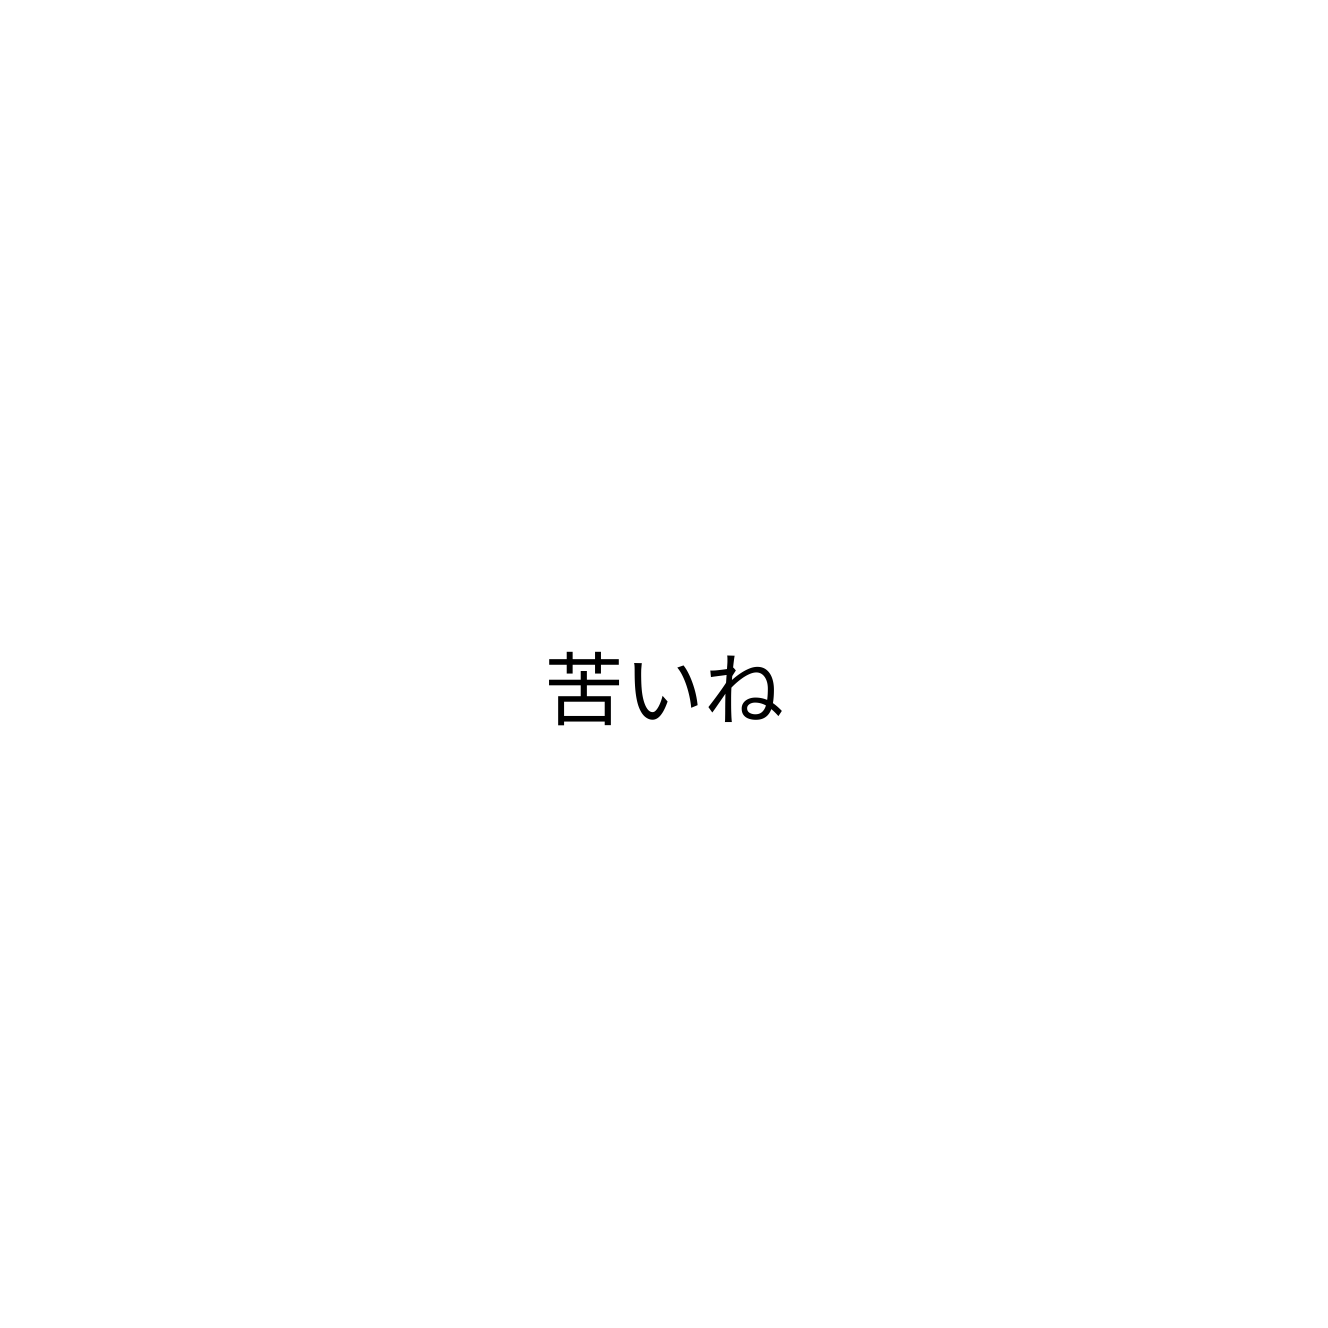
苦いね